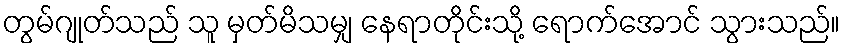
တွမ်ဂျုတ်သည် သူ မှတ်မိသမျှ နေရာတိုင်းသို့ ရောက်အောင် သွားသည်။